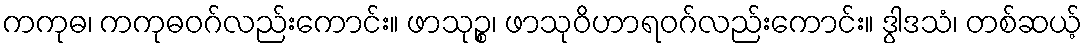
ကကုဓ၊ ကကုဓဝဂ်လည်းကောင်း။ ဖာသုဉ္စ၊ ဖာသုဝိဟာရဝဂ်လည်းကောင်း။ ဒွါဒသံ၊ တစ်ဆယ့်